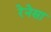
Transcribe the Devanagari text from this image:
रेनेसा